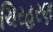
ચિરહરણ